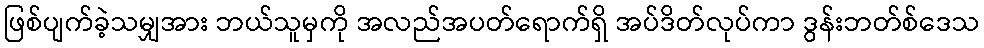
ဖြစ်ပျက်ခဲ့သမျှအား ဘယ်သူမှကို အလည်အပတ်ရောက်ရှိ အပ်ဒိတ်လုပ်ကာ ဒွန်းဘတ်စ်ဒေသ